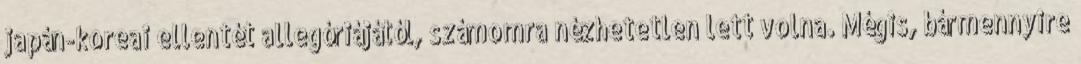
japán-koreai ellentét allegóriájától, számomra nézhetetlen lett volna. Mégis, bármennyire